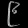
Digit: ၉